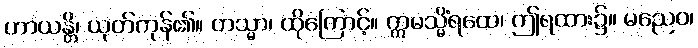
ဟာယန္တိ၊ ယုတ်ကုန်၏။ တသ္မာ၊ ထိုကြောင့်။ ဣမသ္မိံရထေ၊ ဤရထား၌။ မညေဝ၊